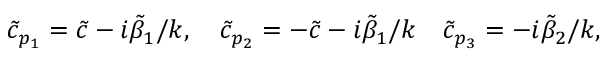
\tilde { c } _ { p _ { 1 } } = \tilde { c } - i \tilde { \beta } _ { 1 } / k , \quad \tilde { c } _ { p _ { 2 } } = - \tilde { c } - i \tilde { \beta } _ { 1 } / k \quad \tilde { c } _ { p _ { 3 } } = - i \tilde { \beta } _ { 2 } / k ,